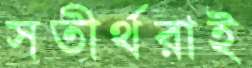
সতীর্থরাই